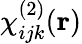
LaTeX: \chi_{ijk}^{(2)}(\mathbf{r})